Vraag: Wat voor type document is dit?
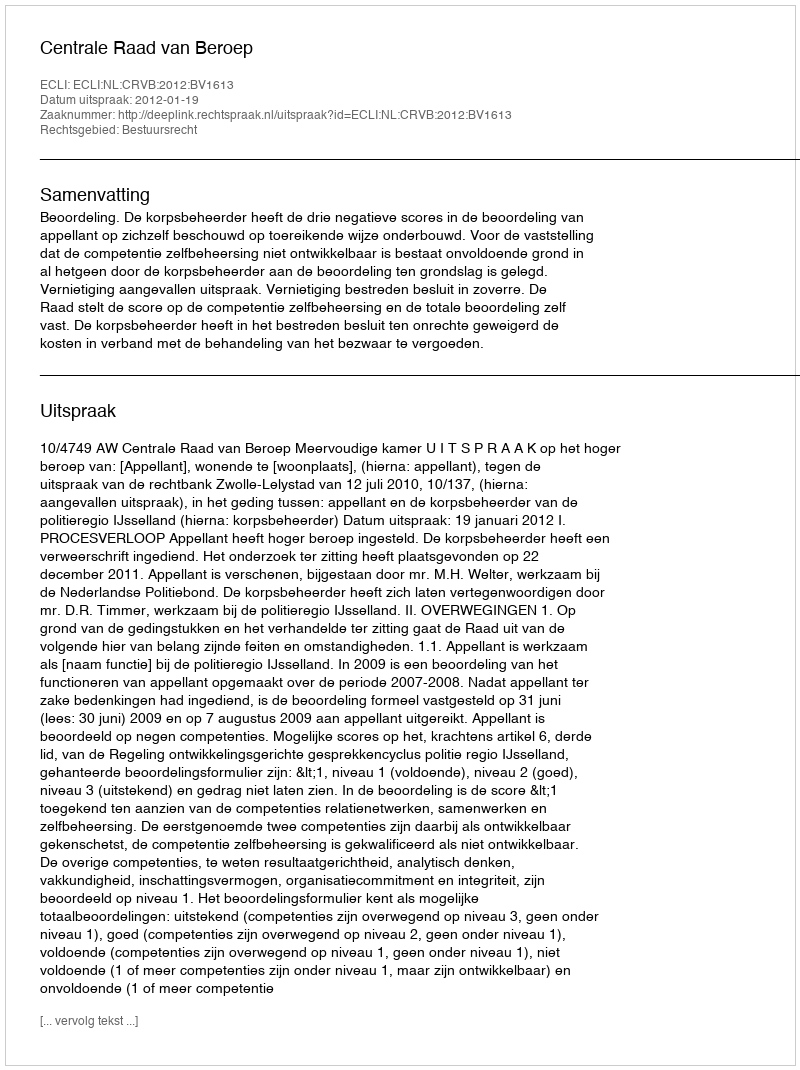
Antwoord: Uitspraak